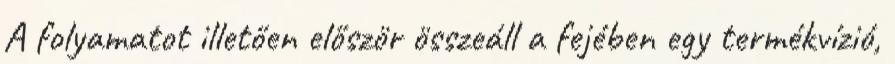
A folyamatot illetően először összeáll a fejében egy termékvízió,